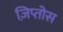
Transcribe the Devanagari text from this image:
ज़िप्तोस